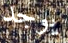
يوجد